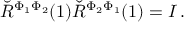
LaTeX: \breve { R } ^ { \Phi _ { 1 } \Phi _ { 2 } } ( 1 ) \check { R } ^ { \Phi _ { 2 } \Phi _ { 1 } } ( 1 ) = I \, .